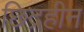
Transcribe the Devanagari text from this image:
छिद्रहीन